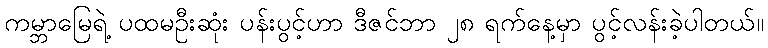
ကမ္ဘာမြေရဲ့ ပထမဦးဆုံး ပန်းပွင့်ဟာ ဒီဇင်ဘာ ၂၈ ရက်နေ့မှာ ပွင့်လန်းခဲ့ပါတယ်။